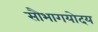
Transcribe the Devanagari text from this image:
सौभागयोदय